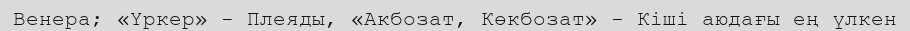
Венера; «Үркер» - Плеяды, «Акбозат, Көкбозат» - Кіші аюдағы ең үлкен